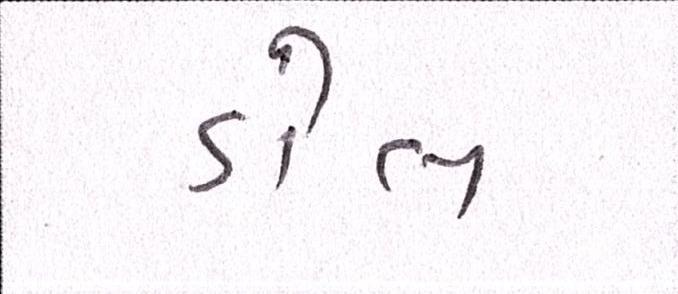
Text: ડોલ